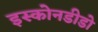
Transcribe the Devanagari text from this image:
इस्कोनडीडो